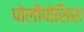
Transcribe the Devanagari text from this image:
पोलीपोसिस